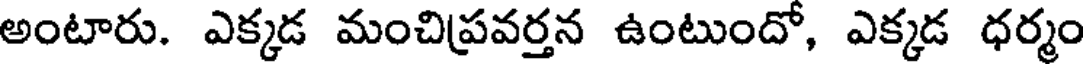
అంటారు. ఎక్కడ మంచిప్రవర్తన ఉంటుందో, ఎక్కడ ధర్మం